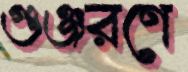
গুঞ্জরণে